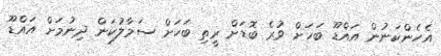
އެހެންކަނުން އައްޑޫ ބަހަށް ވުރެ ބޮޑަށް ރީތި ބަހަށް ސަމާލުކަން ދިނުމަށް އައްޑޫ